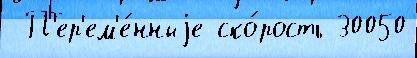
 П'ер'ем'е́нныjе ско́рость 30050